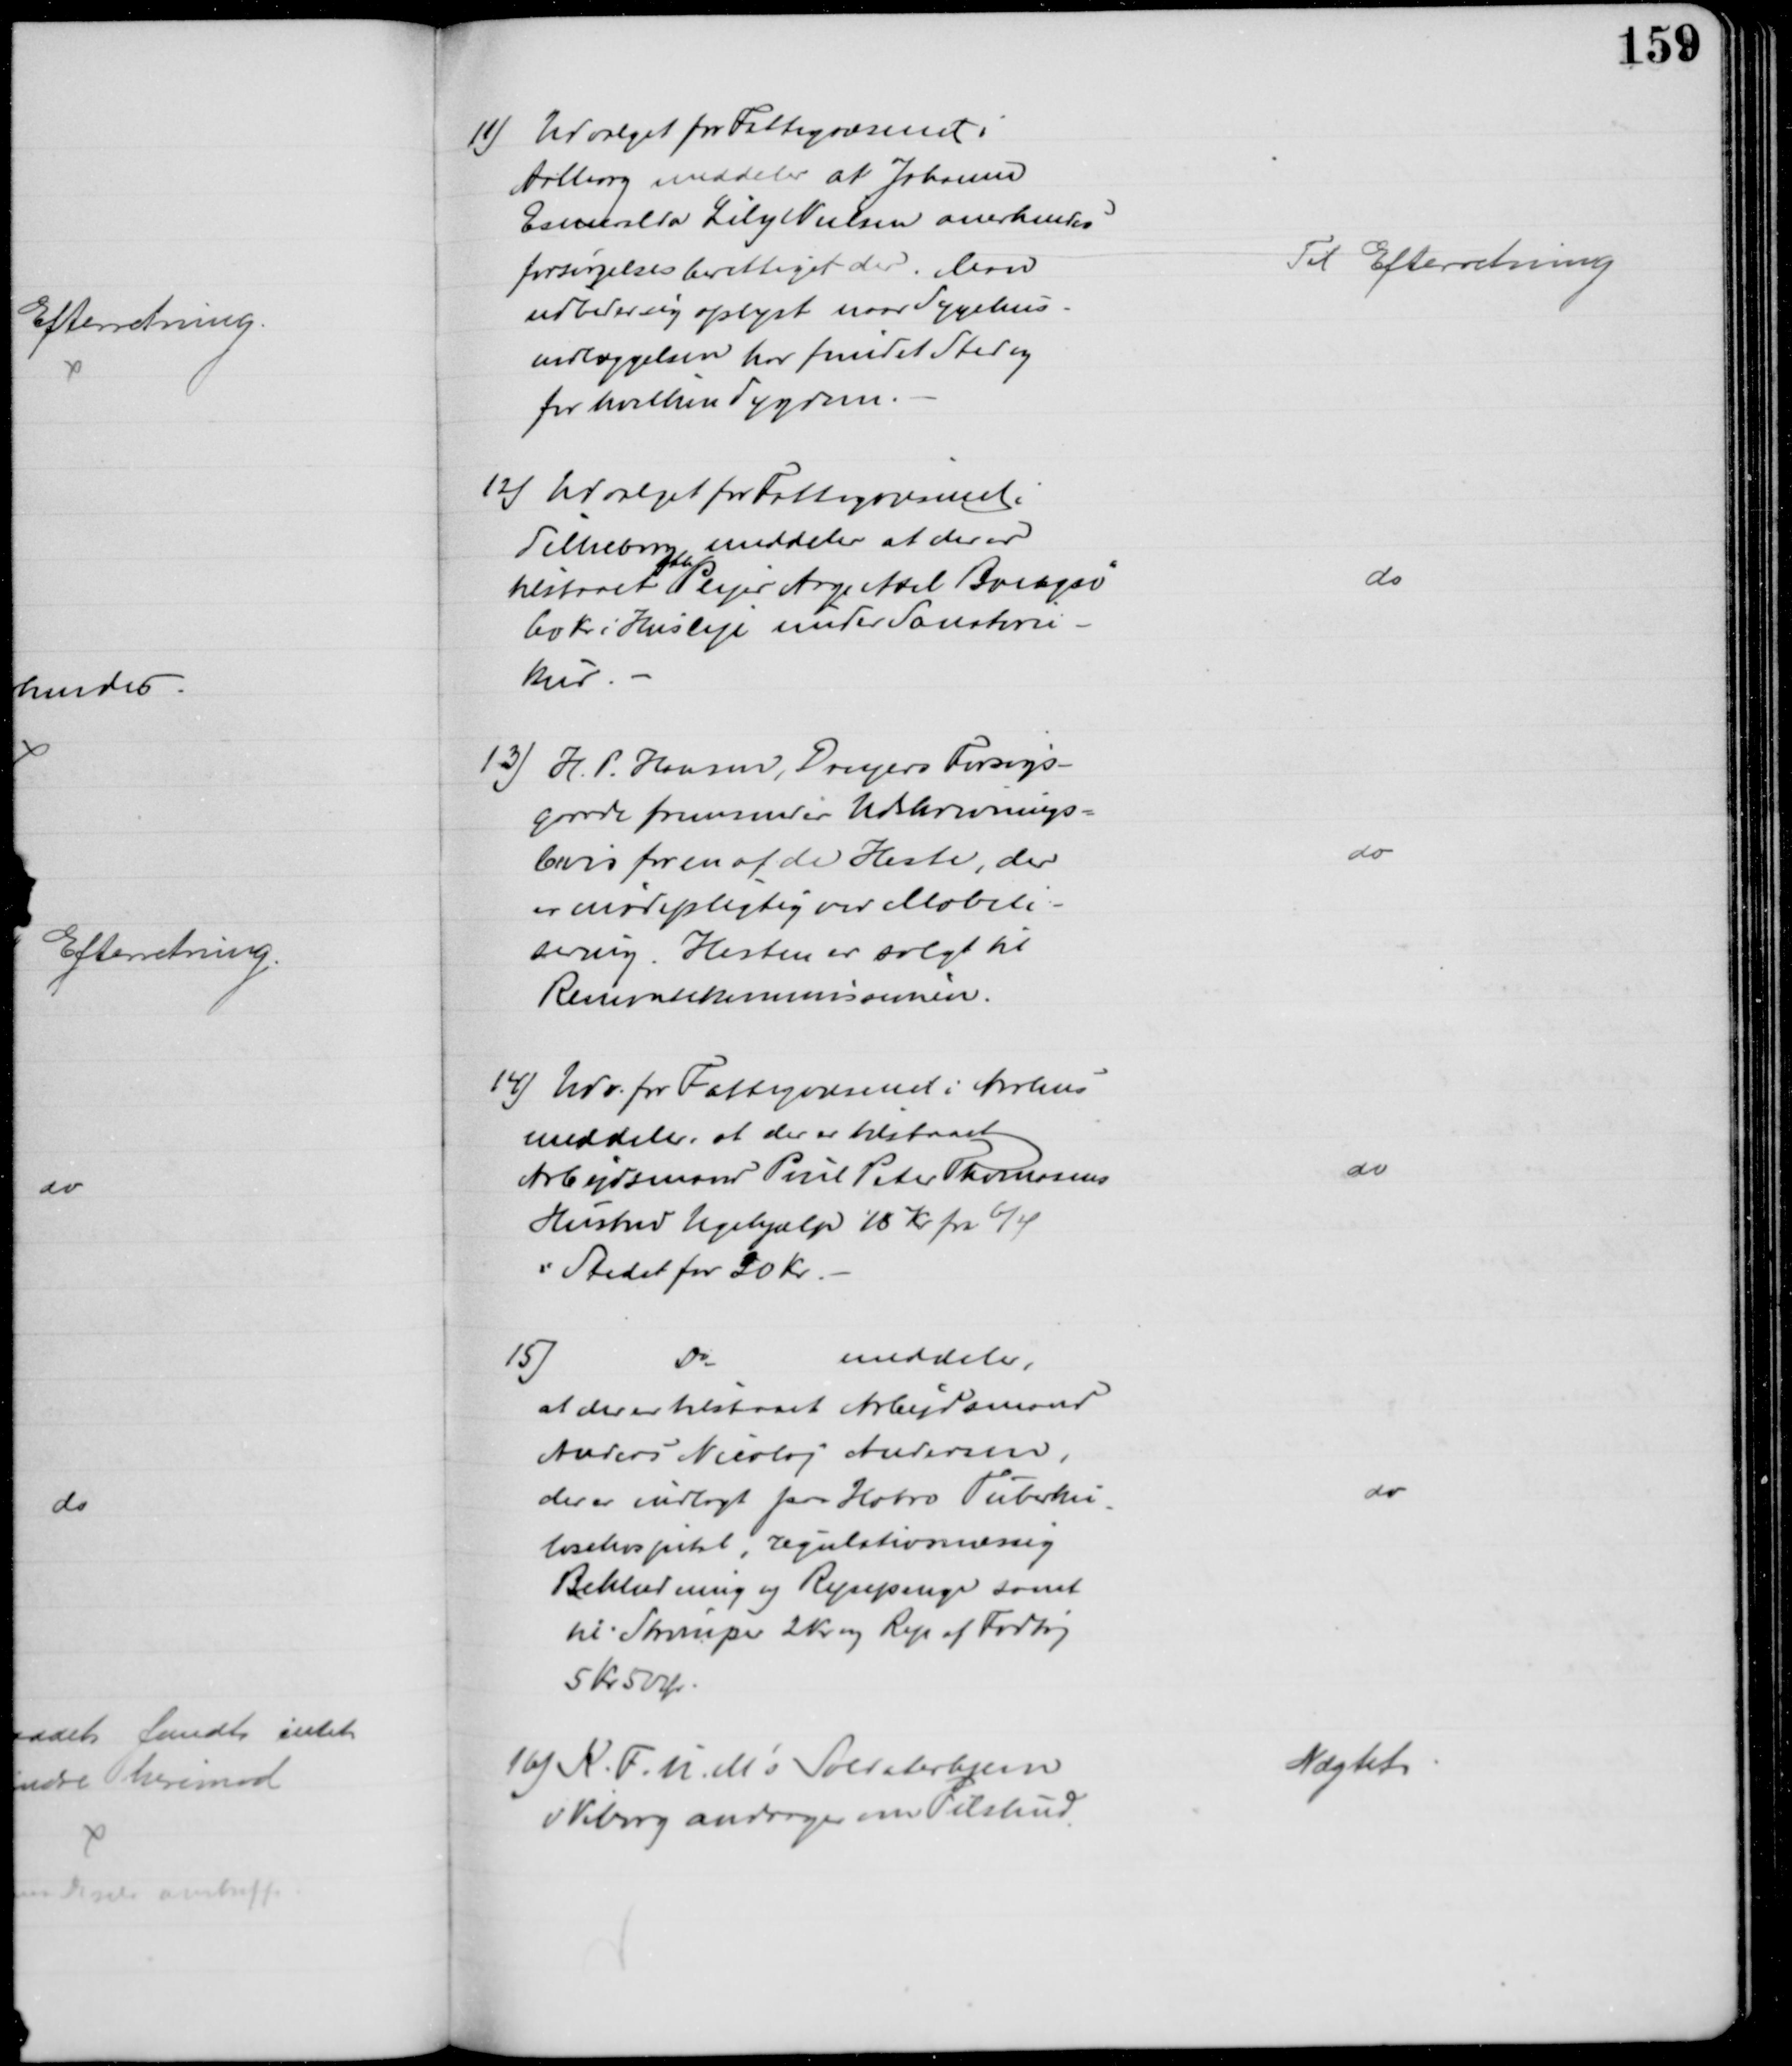
Transskription:
11) Udvalget for Fattigvæsenet i
Aalborg meddeler at Johanne
Esmeralda Lily Nielsen anerkendes
forsørgelsesberettiget der. Man
udbeder sig oplyst naar Sygehus-
indlæggelsen har fundet Sted og
for hvilken Sygdom.
Til Efterretning
12) Udvalget for Fattigvæsenet i
Silkeborg, meddeler at der er
tilstaaet 
fhv
Plejer Aage Axel Bangsø
60 Kr i Husleje under Sanatorie-
kur
do
13) H. P. Hansen, Dreyers Forsøgs-
gaarde fremsender Udskrivnings-
bevis for en af de Heste, der
er mødepligtig ved Mobili-
sering. Hesten er solgt til
Remontekommissionen.
do
14) Udv. for Fattigvæsenet i Aarhus
meddeler, at der er tilstaaet
Arbejdsmand Poul Peter Thomsens
Hustru Ugehjælp 18 Kr fra 6/4
i Stedet for 20 Kr
do
15)
Do
meddeler,
at der er tilstaaet Arbejdsmand
Anders Nicolaj Andersen,
der er indlagt paa Hobro Tuberku-
losehospital, regulativmæssig
Beklædning og Rejsepenge samt
til Strømper 2 Kr og Rep af Fodtøj
5 kr 50 Ør
do
16) K.F.U.M's Soldaterhjem
v Viborg andrager om Tilskud
Nægtet